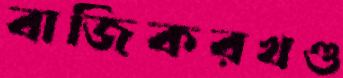
বাজিকরখণ্ড